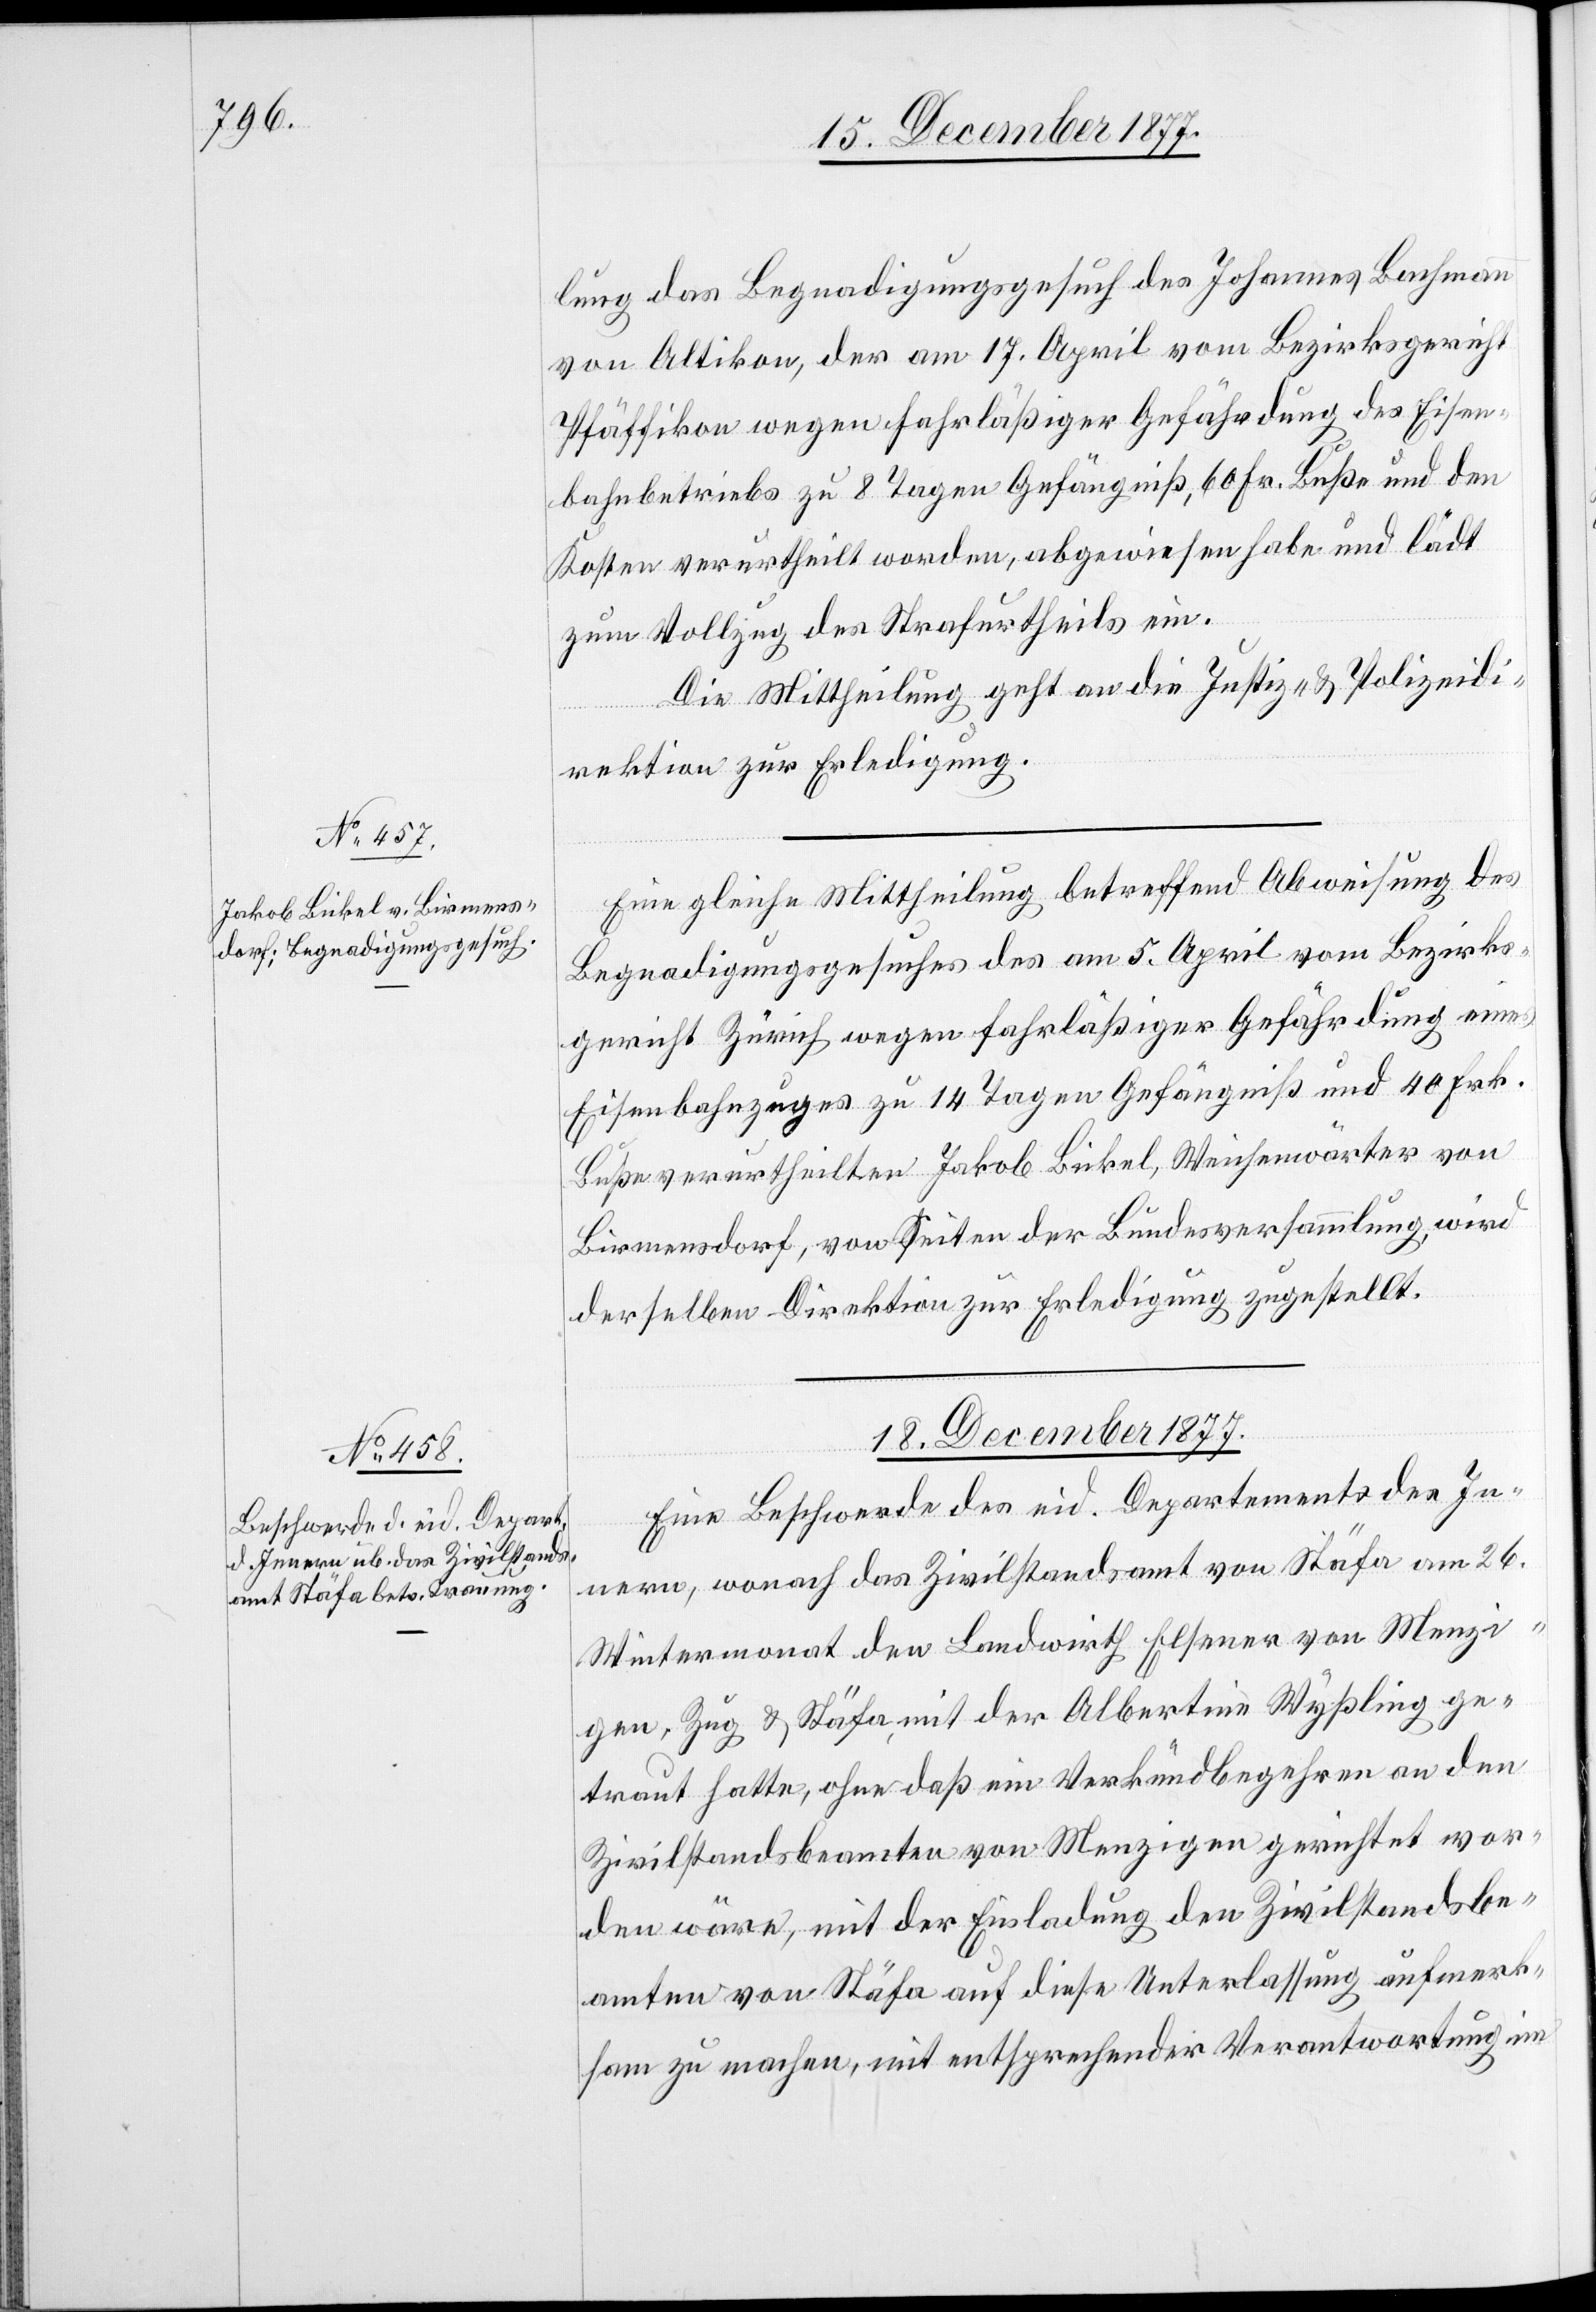
lung das Begnadigungsgesuch des Johannes Bachmann
von Altikon, der am 17. April vom Bezirksgericht
Pfäffikon wegen fahrläßiger Gefährdung des Eisen¬
bahnbetriebs zu 8 Tagen Gefängniß, 60 Fr. Buße und den
Kosten verurtheilt worden, abgewiesen habe und lädt
zum Vollzug des Strafurtheils ein.
Die Mittheilung geht an die Justiz- & Polizeidi¬
rektion zur Erledigung.
Eine gleiche Mittheilung betreffend Abweisung des
Begnadigungsgesuches des am 5. April vom Bezirks¬
gericht Zürich wegen fahrläßiger Gefährdung eines
Eisenbahnzuges zu 14 Tagen Gefängniß und 40 Frk.
Buße verurtheilten Jakob Bickel, Weichenwärter von
Birmensdorf, von Seiten der Bundesversammlung, wird
derselben Direktion zur Erledigung zugestellt.
18. December 1877.
Eine Beschwerde des eid. Departements des In¬
nern, wonach das Zivilstandsamt von Stäfa am 26.
Wintermonat den Landwirth Elsener von Menzi¬
gen, Zug & Stäfa, mit der Albertine Wyßling ge¬
traut hatte, ohne daß ein Verkündbegehren an den
Zivilstandsbeamten von Menzigen gerichtet wor¬
den wäre, mit der Einladung den Zivilstandsbe¬
amten von Stäfa auf diese Unterlassung aufmerk¬
sam zu machen, mit entsprechender Verantwortung im